NAE_ERA_R-2324_Eesti_Vabariigi_Pohiseaduslik_Assamblee, lk 28
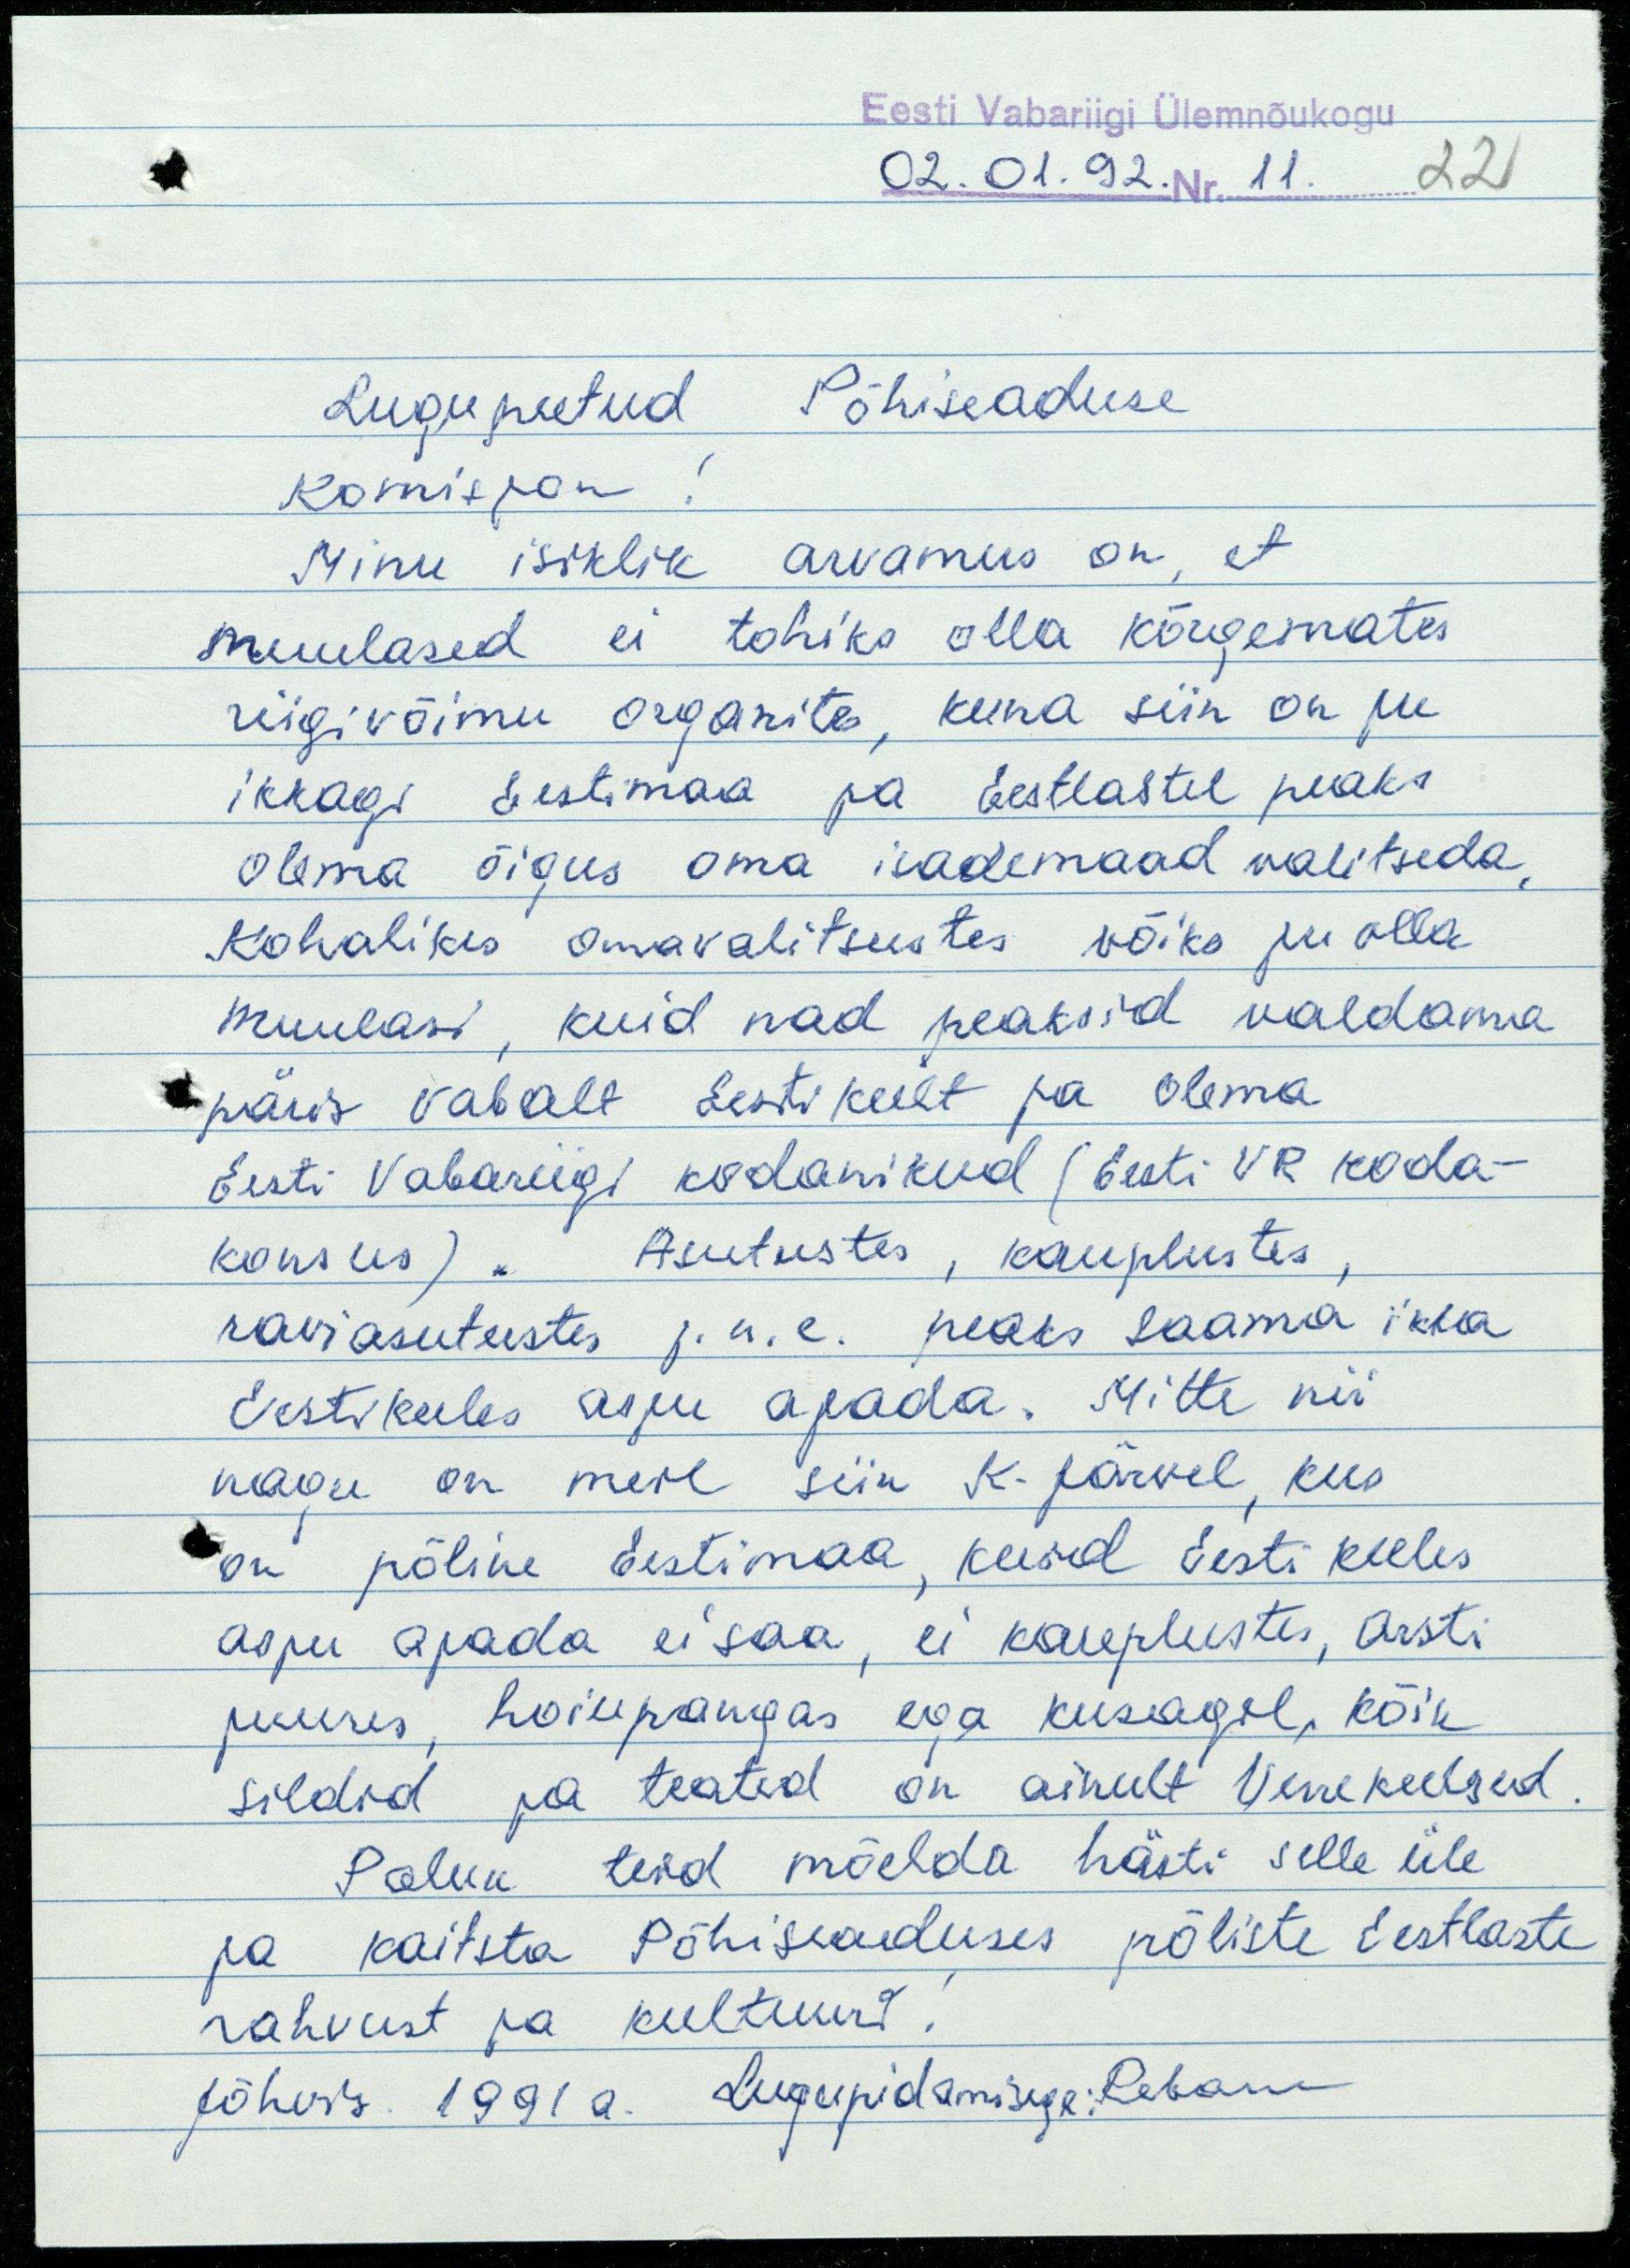
Eesti Vabariigi Ülemnõukogu
02.01.92. Nr. 11. 22
Lugupeetud Põhiseaduse
Komisjon!
Minu isiklik arvamus on, et
muulased ei tohiks olla kõrgemates
riigivõimu organites, kuna siin on ju
ikkagi Eestimaa ja Eestlastel peaks
olema õigus oma isademaad valitseda.
Kohalikes omavalitsustes võiks ju olla
muulasi, kuid nad peaksid valdama
päris vabalt Eesti keelt ja olema
Eesti Vabariigi kodanikud (Eesti VR koda-
konsus). Asutustes, kauplustes,
raviasutustes j.n.e peaks saama ikka
Eesti keeles asju ajada. Mitte nii
nagu on meil siin K-Järvel, kus
on põline Eestimaa, kuid Eesti keeles
asju ajada ei saa, ei kauplustes, arsti
juures, hoiupangas ega kusagil, kõik
sildid ja teated on ainult Venekeelsed.
Palun teid mõelda hästi selle üle
ja kaitsta Põhiseaduses põliste Eestlaste
rahvust ja kultuuri!
Jõhvis. 1991 a. Lugupidamisega: Rebane